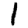
Digit: 1